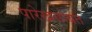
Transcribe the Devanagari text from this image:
पारेखसोबत